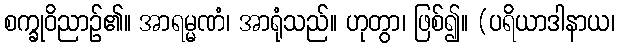
စက္ခုဝိညာဉ်၏။ အာရမ္မဏံ၊ အာရုံသည်။ ဟုတွာ၊ ဖြစ်၍။ (ပရိယာဒါနာယ၊